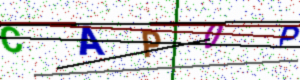
Text: CAP0P